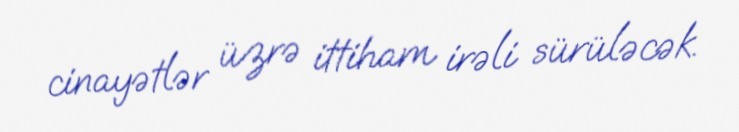
cinayətlər üzrə ittiham irəli sürüləcək.